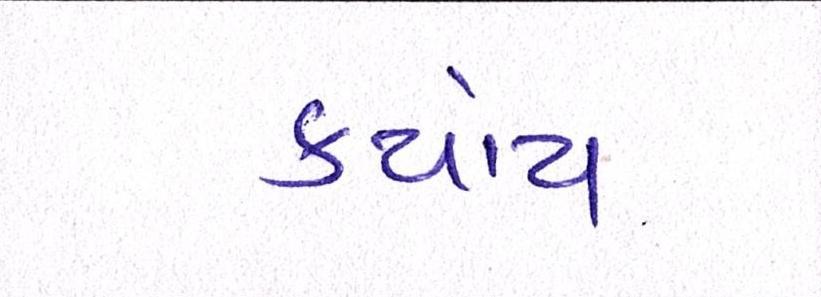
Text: કયાંય